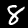
Digit: 8